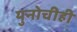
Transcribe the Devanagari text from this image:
युनोचीही